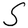
Character: S